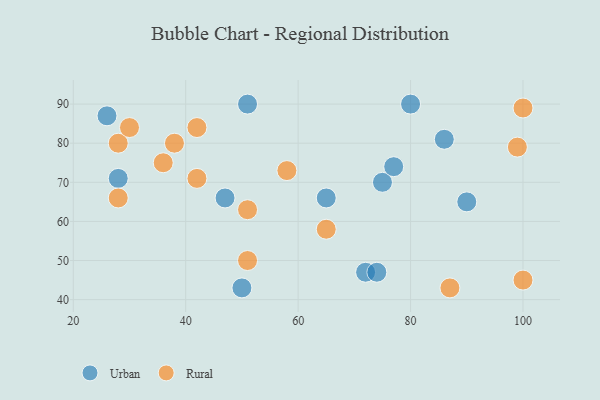
{"axis": {"x": "GDP", "y": "Life Expectancy"}, "legend": ["Rural", "Urban"], "data": [{"x": "75", "y": 70, "type": "Urban"}, {"x": "80", "y": 90, "type": "Urban"}, {"x": "72", "y": 47, "type": "Urban"}, {"x": "26", "y": 87, "type": "Urban"}, {"x": "47", "y": 66, "type": "Urban"}, {"x": "51", "y": 90, "type": "Urban"}, {"x": "50", "y": 43, "type": "Urban"}, {"x": "90", "y": 65, "type": "Urban"}, {"x": "86", "y": 81, "type": "Urban"}, {"x": "74", "y": 47, "type": "Urban"}, {"x": "77", "y": 74, "type": "Urban"}, {"x": "28", "y": 71, "type": "Urban"}, {"x": "65", "y": 66, "type": "Urban"}, {"x": "28", "y": 66, "type": "Rural"}, {"x": "100", "y": 45, "type": "Rural"}, {"x": "51", "y": 63, "type": "Rural"}, {"x": "28", "y": 80, "type": "Rural"}, {"x": "87", "y": 43, "type": "Rural"}, {"x": "42", "y": 84, "type": "Rural"}, {"x": "51", "y": 50, "type": "Rural"}, {"x": "58", "y": 73, "type": "Rural"}, {"x": "36", "y": 75, "type": "Rural"}, {"x": "100", "y": 89, "type": "Rural"}, {"x": "65", "y": 58, "type": "Rural"}, {"x": "42", "y": 71, "type": "Rural"}, {"x": "99", "y": 79, "type": "Rural"}, {"x": "38", "y": 80, "type": "Rural"}, {"x": "30", "y": 84, "type": "Rural"}]}